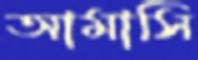
আমাসি